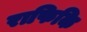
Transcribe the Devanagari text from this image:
राफिकि